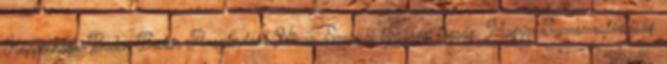
Koppenhága, Baden-Baden, Amszterdam, Nizza. Szakmai társasági tagság: Magyar Szemorvostársaság,